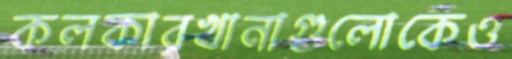
কলকারখানাগুলোকেও